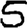
Digit: 5